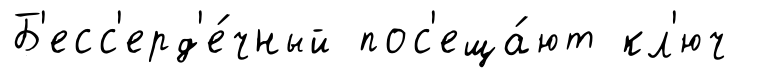
Б'есс'ерд'е́чный пос'еща́ют кл'юч